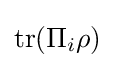
\operatorname {tr} (\Pi _{i}\rho )